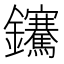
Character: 𨰬